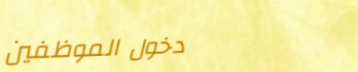
دخول الموظفين